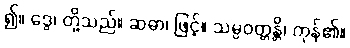
၍။ ဒွေ၊ တို့သည်။ ဆဓာ၊ ဖြင့်။ သမ္ပဝတ္တန္တိ၊ ကုန်၏။